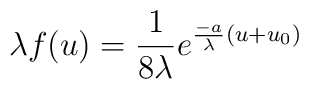
\lambda f(u)=\frac 1 {8\lambda} e^{\frac {-a} {\lambda}(u+u_0)}